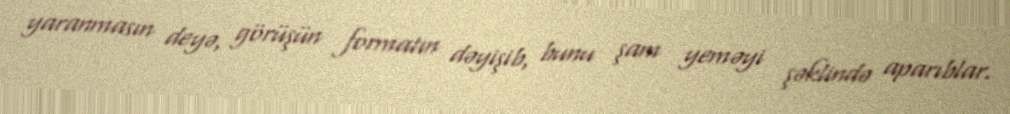
yaranmasın deyə, görüşün formatın dəyişib, bunu şam yeməyi şəklində aparıblar.